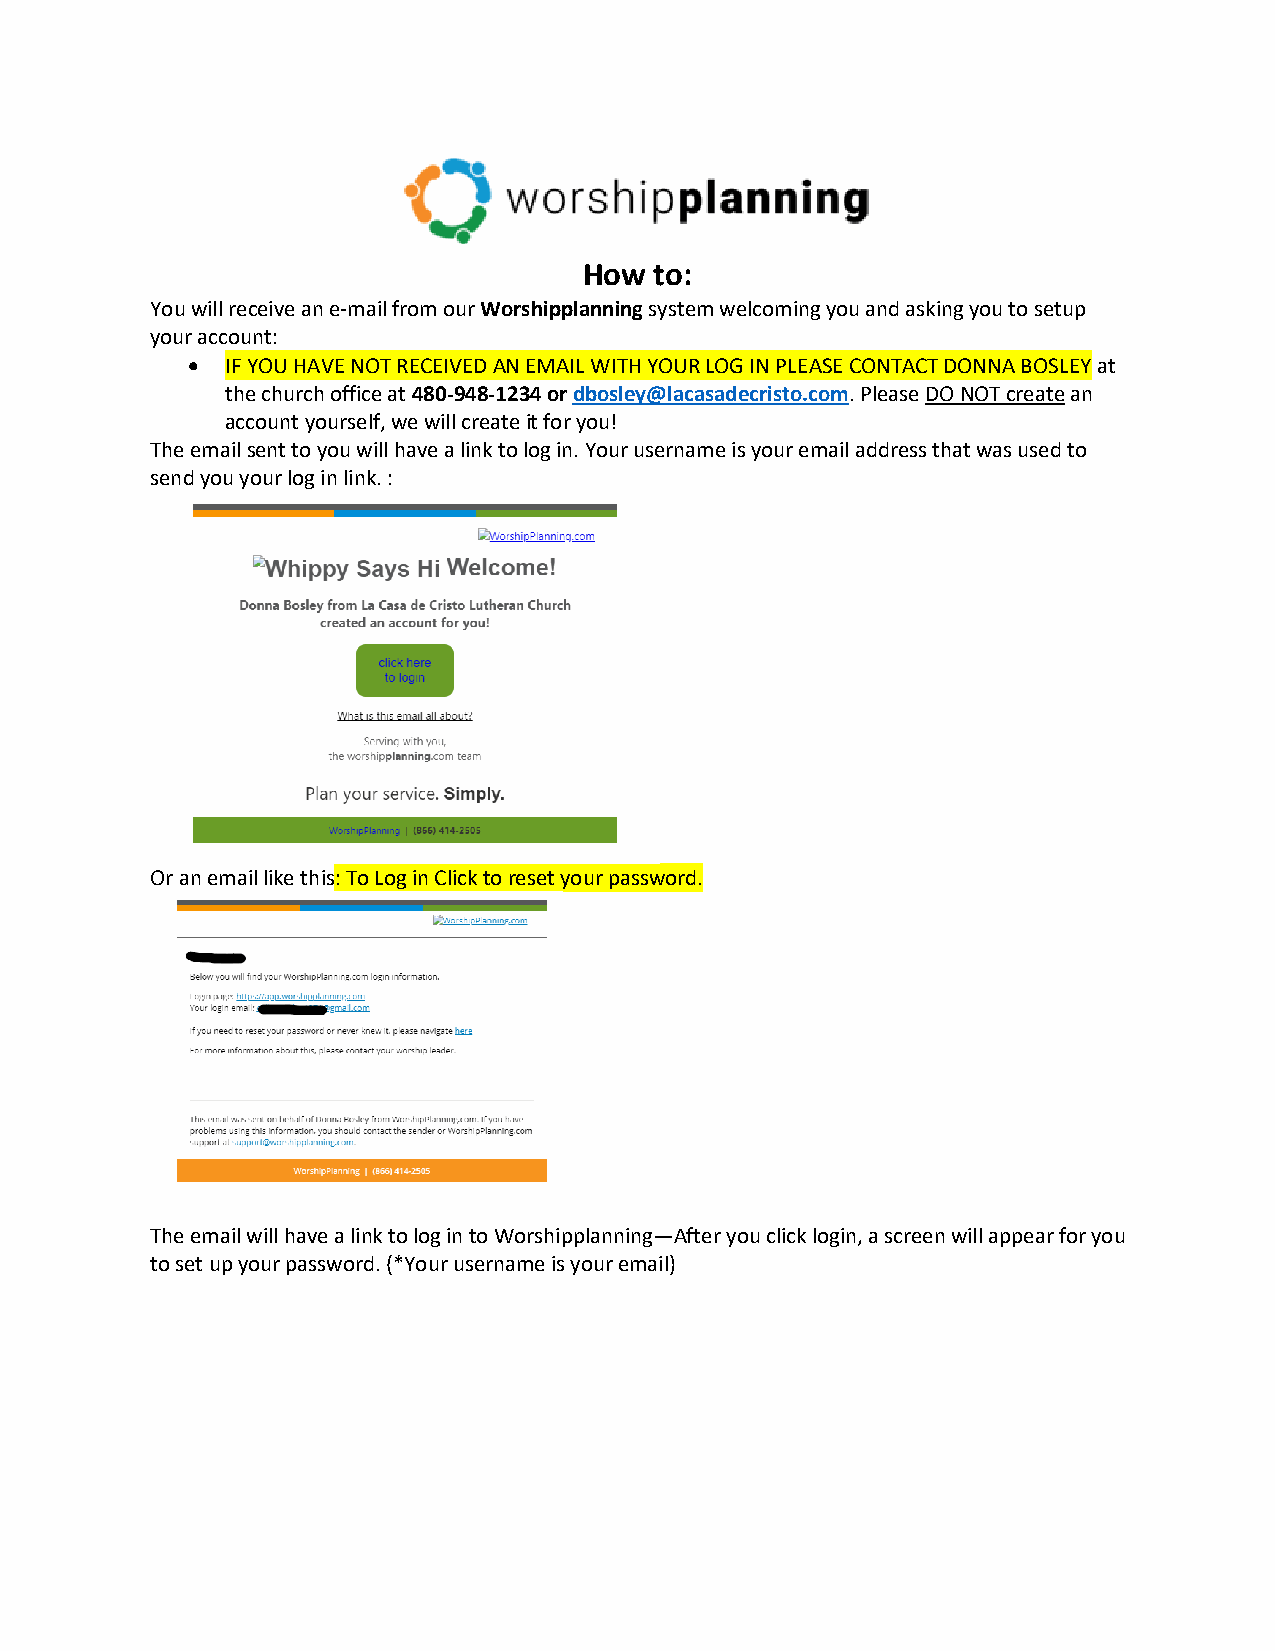
How to:
 You will receive an e-mail from our Worshipplanning system welcoming you and asking you to setup
 your account:
   IF YOU HAVE NOT RECEIVED AN EMAIL WITH YOUR LOG IN PLEASE CONTACT DONNA BOSLEY at
 the church office at 480-948-1234 or dbosley@lacasadecristo.com. Please DO NOT create an
 account yourself, we will create it for you!
 The email sent to you will have a link to log in. Your username is your email address that was used to
 send you your log in link. :
 Or an email like this: To Log in Click to reset your password.
 The email will have a link to log in to Worshipplanning—After you click login, a screen will appear for you
 to set up your password. (*Your username is your email)